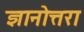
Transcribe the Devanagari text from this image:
ज्ञानोत्तरा